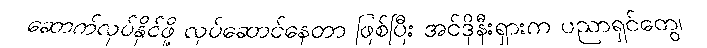
ဆောက်လုပ်နိုင်ဖို့ လုပ်ဆောင်နေတာ ဖြစ်ပြီး အင်ဒိုနီးရှားက ပညာရှင်တွေ၊